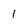
Character: l